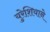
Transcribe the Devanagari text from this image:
युरेशियाने